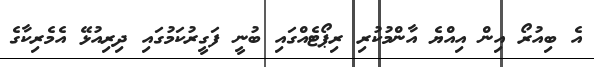
އެ ބިއުރޯ އިން އިއްޔެ އާންމުކުރި ރިޕޯޓެއްގައި ބުނީ ފަގީރުކަމުގައި ދިރިއުޅޭ އެމެރިކާގެ